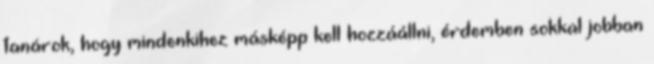
tanárok, hogy mindenkihez másképp kell hozzáállni, érdemben sokkal jobban